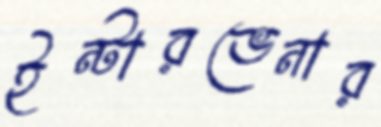
ইন্টারভেনার